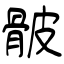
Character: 骳